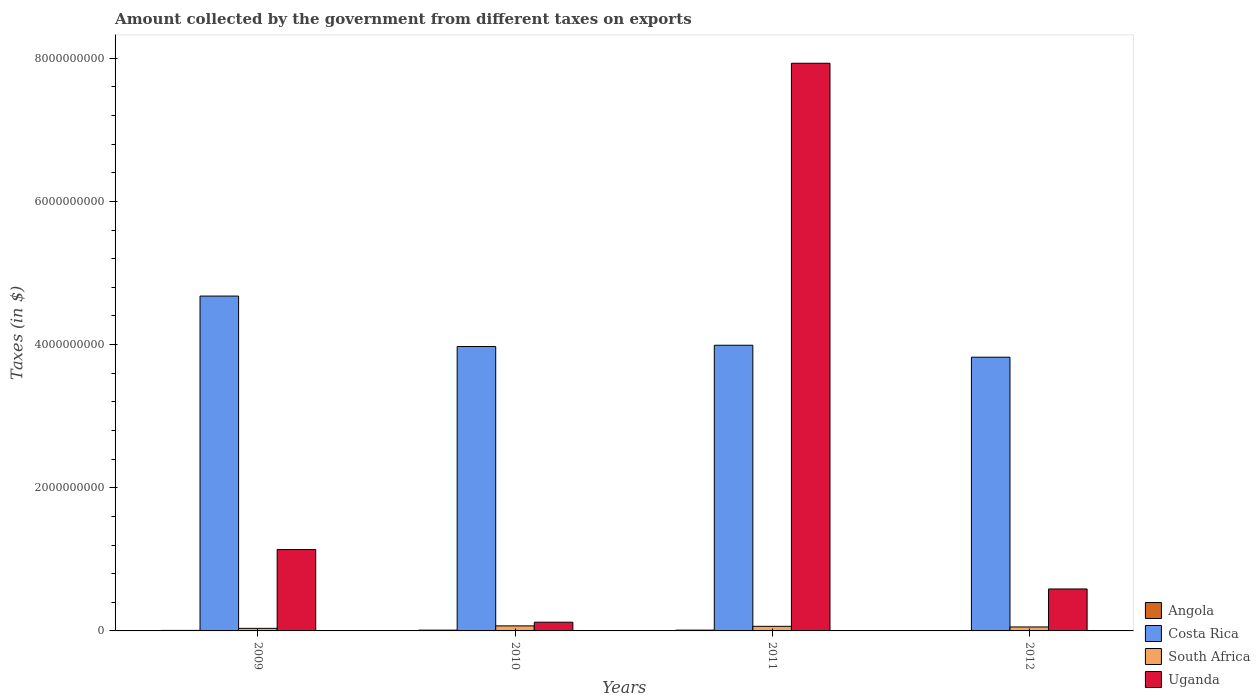
| Years | Angola | Costa Rica | South Africa | Uganda |
 | --- | --- | --- | --- | --- |
 | 2009 | 7.26e+06 | 4.68e+09 | 3.6e+07 | 1.14e+09 |
 | 2010 | 1.07e+07 | 3.97e+09 | 7.04e+07 | 1.22e+08 |
 | 2011 | 1.11e+07 | 3.99e+09 | 6.42e+07 | 7.93e+09 |
 | 2012 | 4.42e+05 | 3.82e+09 | 5.54e+07 | 5.86e+08 |